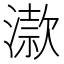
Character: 𣽟